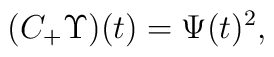
( C_{+} \Upsilon)(t) =\Psi(t)^2,~~~~~~~~~~~~~~~~~~~~~~